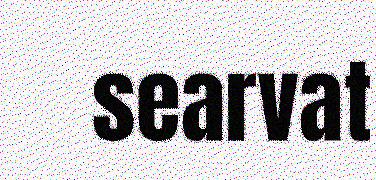
searvat